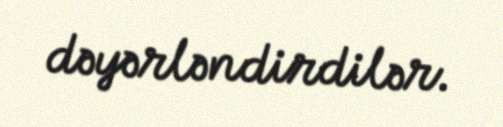
dəyərləndirdilər.